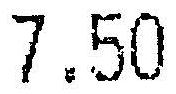
7.50